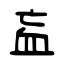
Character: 衁